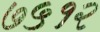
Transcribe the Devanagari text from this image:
७५१२